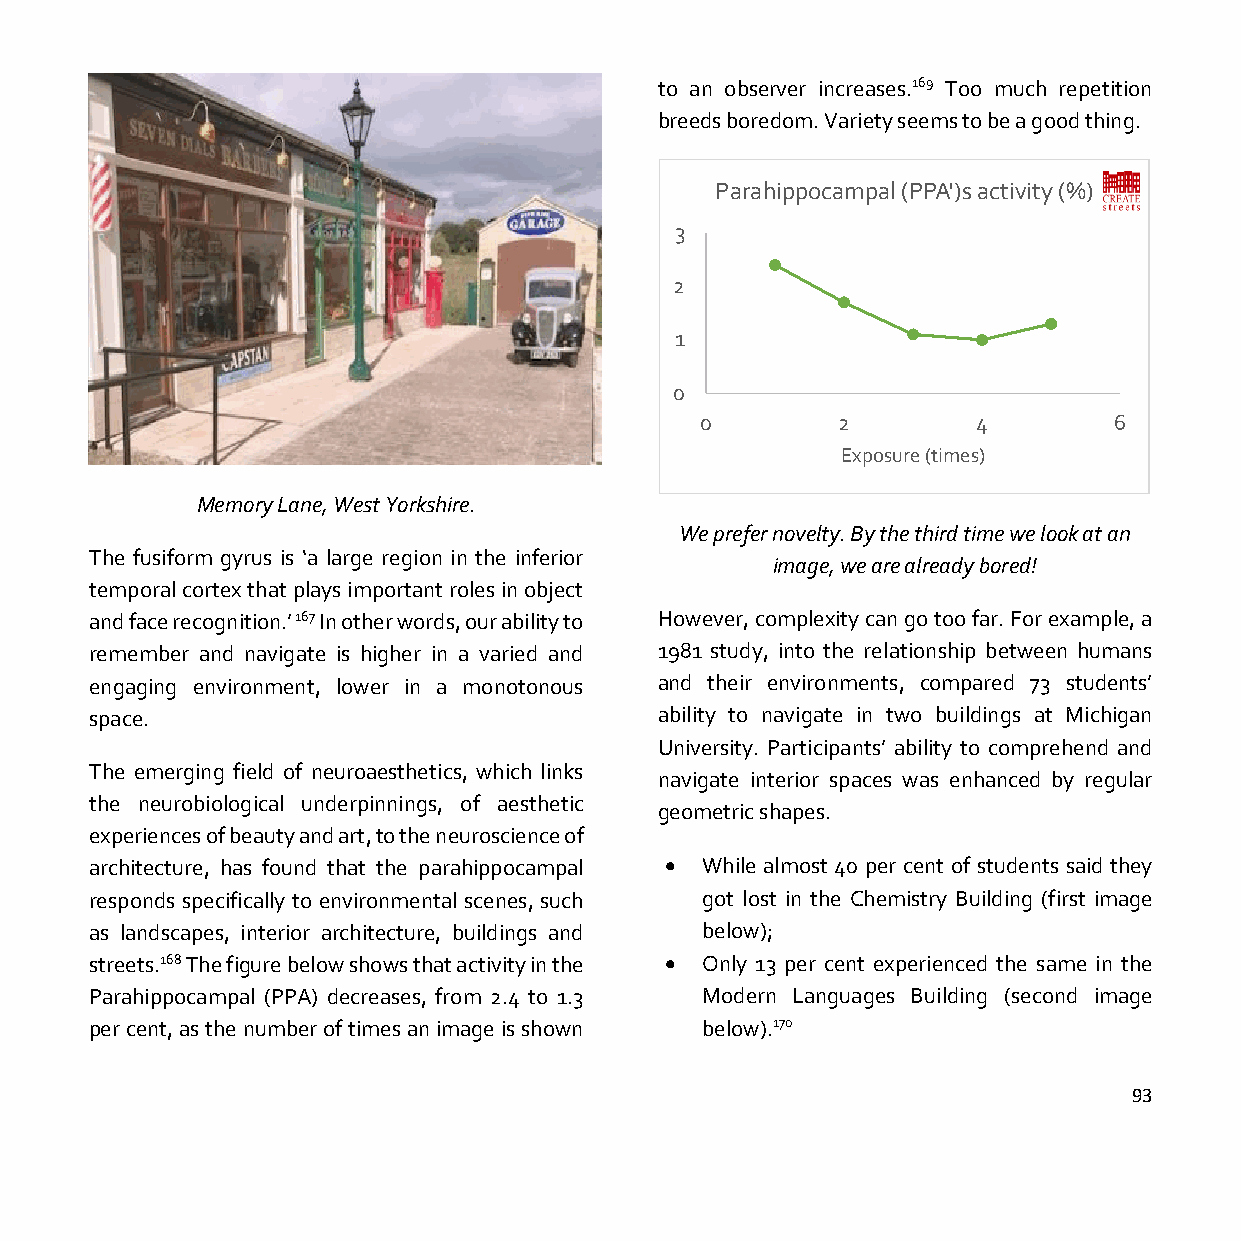
to an observer increases.169 Too much repetition
 breeds boredom. Variety seems to be a good thing.
 Parahippocampal (PPA')s activity (%)
 3
 2
 1
 0
 0        2         4        6
 Exposure (times)
 Memory Lane, West Yorkshire.
 We prefer novelty. By the third time we look at an
 The fusiform gyrus is ‘a large region in the inferior
 image, we are already bored!
 temporal cortex that plays important roles in object
 and face recognition.’ 167 In other words, our ability to However, complexity can go too far. For example, a
 remember and navigate is higher in a varied and 1981 study, into the relationship between humans
 engaging environment, lower in a monotonous and their environments, compared 73 students’
 space.                                ability to navigate in two buildings at Michigan
 University. Participants’ ability to comprehend and
 The emerging field of neuroaesthetics, which links
 navigate interior spaces was enhanced by regular
 the neurobiological underpinnings, of aesthetic
 geometric shapes.
 experiences of beauty and art, to the neuroscience of
 architecture, has found that the parahippocampal • While almost 40 per cent of students said they
 responds specifically to environmental scenes, such got lost in the Chemistry Building (first image
 as landscapes, interior architecture, buildings and below);
 streets.168 The figure below shows that activity in the • Only 13 per cent experienced the same in the
 Parahippocampal (PPA) decreases, from 2.4 to 1.3 Modern Languages Building (second image
 per cent, as the number of times an image is shown below).170
 93